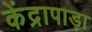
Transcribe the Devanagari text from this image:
केंद्रापाड़ा